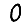
Digit: 0